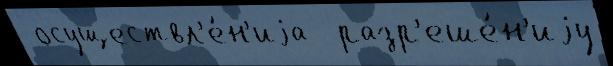
 осуществл'е́н'иjа  разр'еше́н'иjу